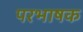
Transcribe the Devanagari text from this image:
परभाषक